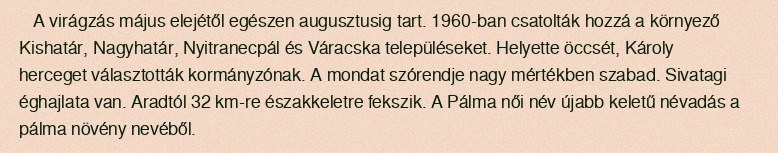
A virágzás május elejétől egészen augusztusig tart. 1960-ban csatolták hozzá a környező Kishatár, Nagyhatár, Nyitranecpál és Váracska településeket. Helyette öccsét, Károly herceget választották kormányzónak. A mondat szórendje nagy mértékben szabad. Sivatagi éghajlata van. Aradtól 32 km-re északkeletre fekszik. A Pálma női név újabb keletű névadás a pálma növény nevéből.